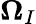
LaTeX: \boldsymbol{\Omega}_{I}